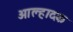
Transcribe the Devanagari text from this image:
आल्हादक